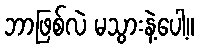
ဘာဖြစ်လဲ မသွားနဲ့ပေါ့။